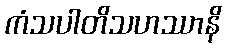
ကံသပါတိသဟဿာနိ